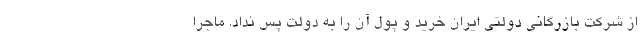
از شرکت بازرگانی دولتی ایران خرید و پول آن را به دولت پس نداد. ماجرا